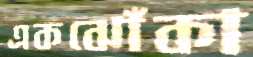
একঝোঁকা